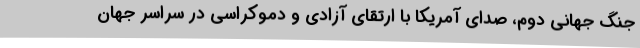
جنگ جهانی دوم، صدای آمریکا با ارتقای آزادی و دموکراسی در سراسر جهان